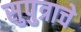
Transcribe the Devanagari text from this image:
सुपुत्राचे